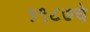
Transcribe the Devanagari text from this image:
१९८७चे